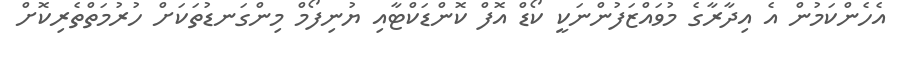
އެހެންކަމުން އެ އިދާރާގެ މުވައްޒަފުންނަކީ ކޯޑް އޮފް ކޮންޑަކްޓާއި ޔުނިފޯމް މިންގަނޑުތަކަށް ހުރުމަތްތެރިކޮށް